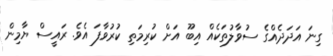
ގިނަ އަދަދެއްގެ ސުވާލުތަކެއް އިބޫ އަށް ކުރިމަތި ކުރުވާފަ އެވެ. ރައީސް ޔާމިން